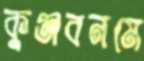
কুঞ্জবনমে